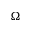
\Omega